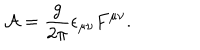
LaTeX: { \cal A } = { \frac { g } { 2 \pi } } \epsilon _ { \mu \nu } F ^ { \mu \nu } .